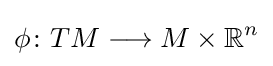
\phi \colon TM\longrightarrow M\times {\mathbb {R} ^{n}}